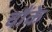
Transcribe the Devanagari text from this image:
चौंके